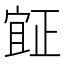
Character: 𣦍